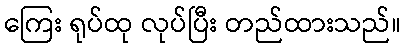
ကြေး ရုပ်ထု လုပ်ပြီး တည်ထားသည်။